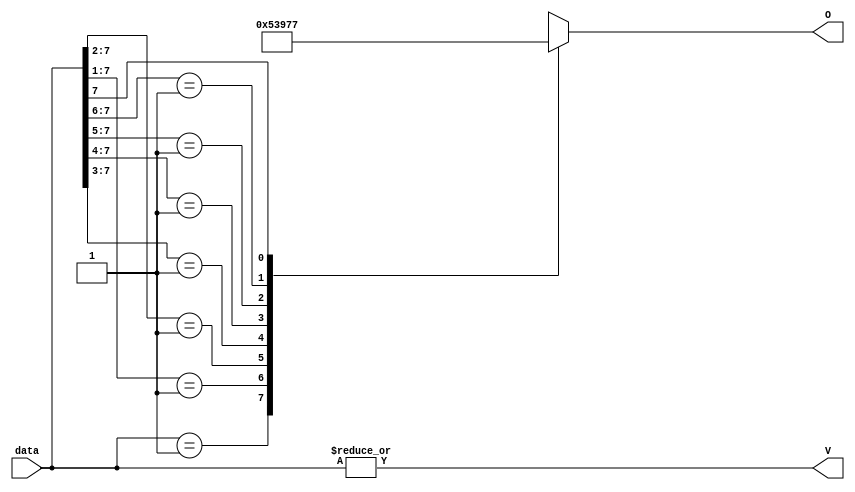
`timescale 1ns / 1ps
//////////////////////////////////////////////////////////////////////////////////
// Company: 
// Engineer: 
// 
// Design Name: 
// Module Name:    encoder8_3 
// Project Name: 
// Target Devices: 
// Tool versions: 
// Description: 
//
// Dependencies: 
//
// Revision: 
// Revision 0.01 - File Created
// Additional Comments: 
//
//////////////////////////////////////////////////////////////////////////////////
module encoder8_3(
    input [7:0] data,
    output reg [2:0] O,
    output V
    );

assign V = |data; // Reduction
always @(data) begin
    casex(data)
        8'b00000001 : O = 0;
        8'b0000001x : O = 1;
        8'b000001xx : O = 2;
        8'b00001xxx : O = 3;
        8'b0001xxxx : O = 4;
        8'b001xxxxx : O = 5;
        8'b01xxxxxx : O = 6;
        8'b1xxxxxxx : O = 7;
        default: O = 3'bx;
    endcase
end
endmodule